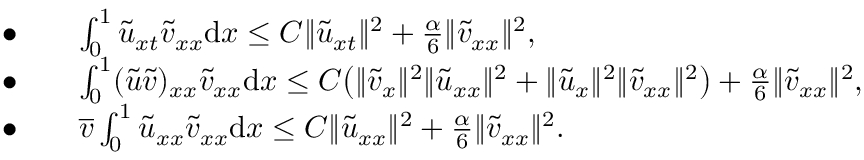
\begin{array} { r l } { \bullet \quad } & { \int _ { 0 } ^ { 1 } \tilde { u } _ { x t } { \tilde { v } } _ { x x } { \mathrm { d } x } \le C \| { \tilde { u } } _ { x t } \| ^ { 2 } + \frac { \alpha } { 6 } \| { \tilde { v } } _ { x x } \| ^ { 2 } , } \\ { \bullet \quad } & { \int _ { 0 } ^ { 1 } ( \tilde { u } \tilde { v } ) _ { x x } { \tilde { v } } _ { x x } { \mathrm { d } x } \le C \big ( \| { \tilde { v } } _ { x } \| ^ { 2 } \| { \tilde { u } } _ { x x } \| ^ { 2 } + \| { \tilde { u } } _ { x } \| ^ { 2 } \| { \tilde { v } } _ { x x } \| ^ { 2 } \big ) + \frac { \alpha } { 6 } \| { \tilde { v } } _ { x x } \| ^ { 2 } , } \\ { \bullet \quad } & { \overline { { v } } \int _ { 0 } ^ { 1 } \tilde { u } _ { x x } { \tilde { v } } _ { x x } { \mathrm { d } x } \le C \| { \tilde { u } } _ { x x } \| ^ { 2 } + \frac { \alpha } { 6 } \| { \tilde { v } } _ { x x } \| ^ { 2 } . } \end{array}